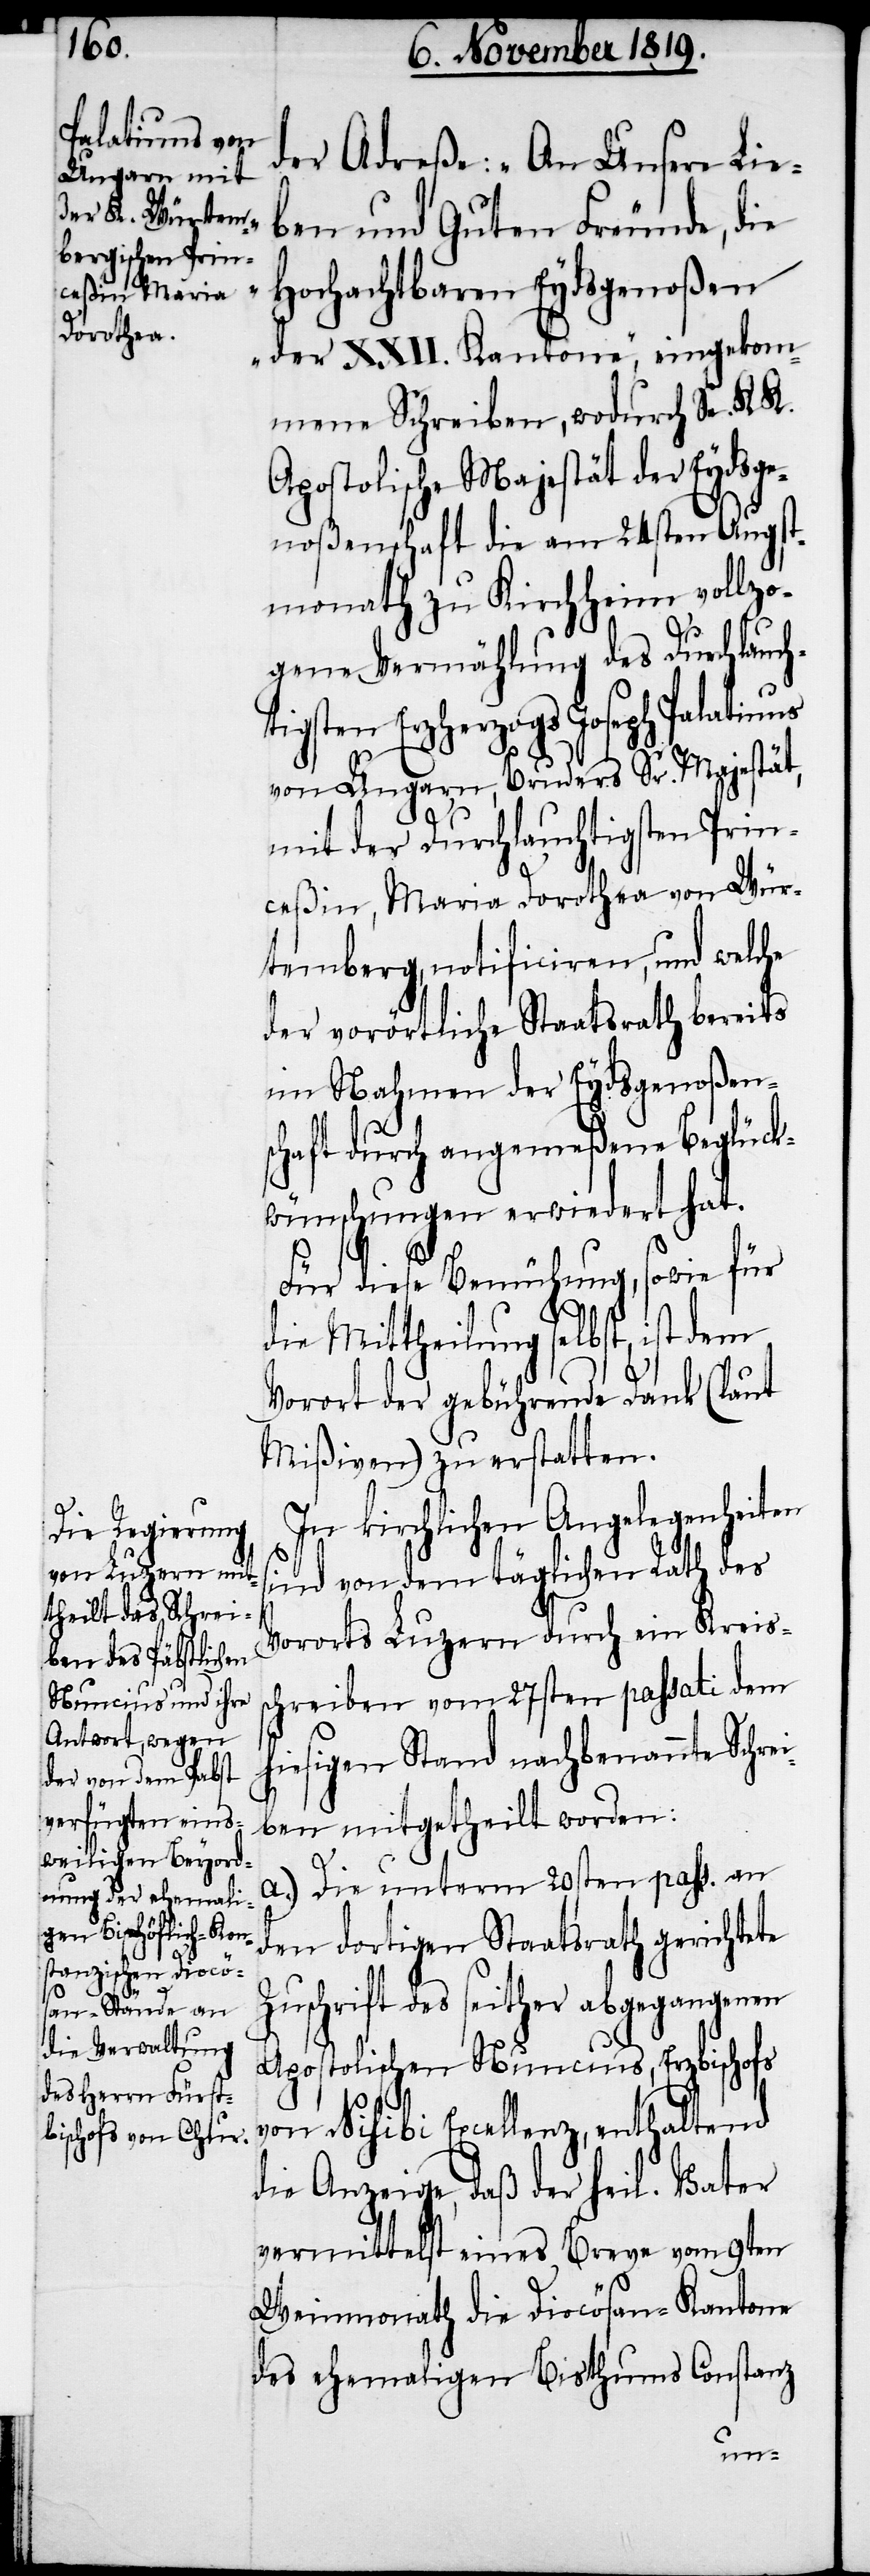
der Adreße: „An Unsere Lie¬
ben und Guten Freunde, die
Hochachtbaren Eydsgenoßen
der XXII. Kantone“, eingekom¬
mene Schreiben, wodurch Se. K. K.
Apostolische Majestät der Eydsge¬
noßenschaft die am 24sten Augst¬
monath zu Kirchheim vollzo¬
gene Vermählung des Durchlauch¬
tigsten Erzherzogs Joseph Palatinus
von Ungarn, Bruders Sr. Majestät,
mit der Durchlauchtigsten Prin¬
ceßin, Maria Dorothea von Wür¬
temberg, notificiren, und welche
der vorörtliche Staatsrath bereits
im Nahmen der Eydsgenoßens¬
chaft durch angemeßene Beglück¬
wünschungen erwiedert hat.
Für diese Bemühung, sowie für
die Mittheilung selbst, ist dem
Vorort der gebührende Dank (laut
Mißiven) zu erstatten.
In kirchlichen Angelegenheiten
sind von dem täglichen Rath des
Vororts Luzern durch ein Kreis¬
schreiben vom 27sten passati dem
hiesigen Stand nachbenannte Schrei¬
ben mitgetheilt worden:
a.) Die unterm 20sten pass. an
den dortigen Staatsrath gerichtete
Zuschrift des seither abgegangenen
Apostolischen Nuncius, Erzbischofs
von Nisibi Excellenz, enthaltend
die Anzeige, daß der heil. Vater
vermittelst eines Breve vom 9ten
Weinmonath die Diocösan-Kantone
des ehemaligen Bisthums Constanz